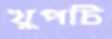
খুপচি